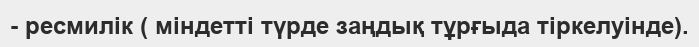
- ресмилік ( міндетті түрде заңдық тұрғыда тіркелуінде).